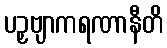
ပဉှဗျာကရဏာနီတိ